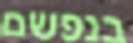
בנפשם